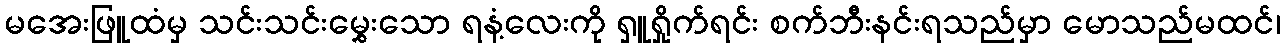
မအေးဖြူထံမှ သင်းသင်းမွှေးသော ရနံ့လေးကို ရှူရှိုက်ရင်း စက်ဘီးနင်းရသည်မှာ မောသည်မထင်၊